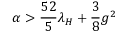
\alpha > { \frac { 5 2 } { 5 } } \lambda _ { H } + { \frac { 3 } { 8 } } g ^ { 2 }